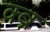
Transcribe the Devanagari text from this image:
क्ब्र